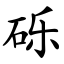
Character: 砾